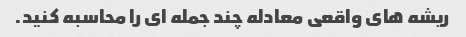
ریشه های واقعی معادله چند جمله ای را محاسبه کنید.